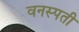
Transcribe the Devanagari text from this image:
वनस्‍पती